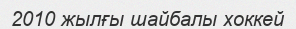
2010 жылғы шайбалы хоккей